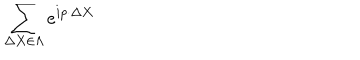
LaTeX: \sum _ { \Delta X \in \Lambda } e ^ { i p \cdot \Delta X }